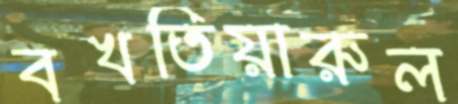
বখতিয়ারুল